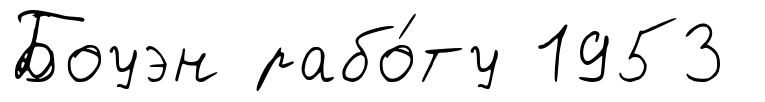
Боуэн рабо́ту 1953